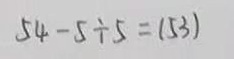
5 4 - 5 \div 5 = ( 5 3 )